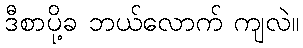
ဒီစာပို့ခ ဘယ်လောက် ကျလဲ။